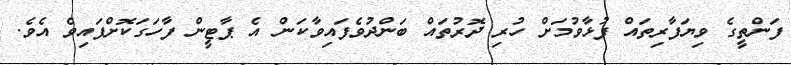
ފަންތީގެ ވިޔަފާރިތައް ފުޅާވުމަށް ހުރި ދޮރުތައް ބަންދުވެފައިވާކަން އެ ޕާޓީން ފާހަގަކޮށްފައިވެ އެވެ.